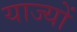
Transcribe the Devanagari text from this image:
याज्यों